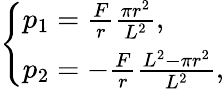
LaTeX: \left\{ \begin{array}{l}{p_{1}=\frac{F}{r}\frac{\pi r^{2}}{L^{2}},}\\ {p_{2}=-\frac{F}{r}\frac{L^{2}-\pi r^{2}}{L^{2}},}\end{array}\right.